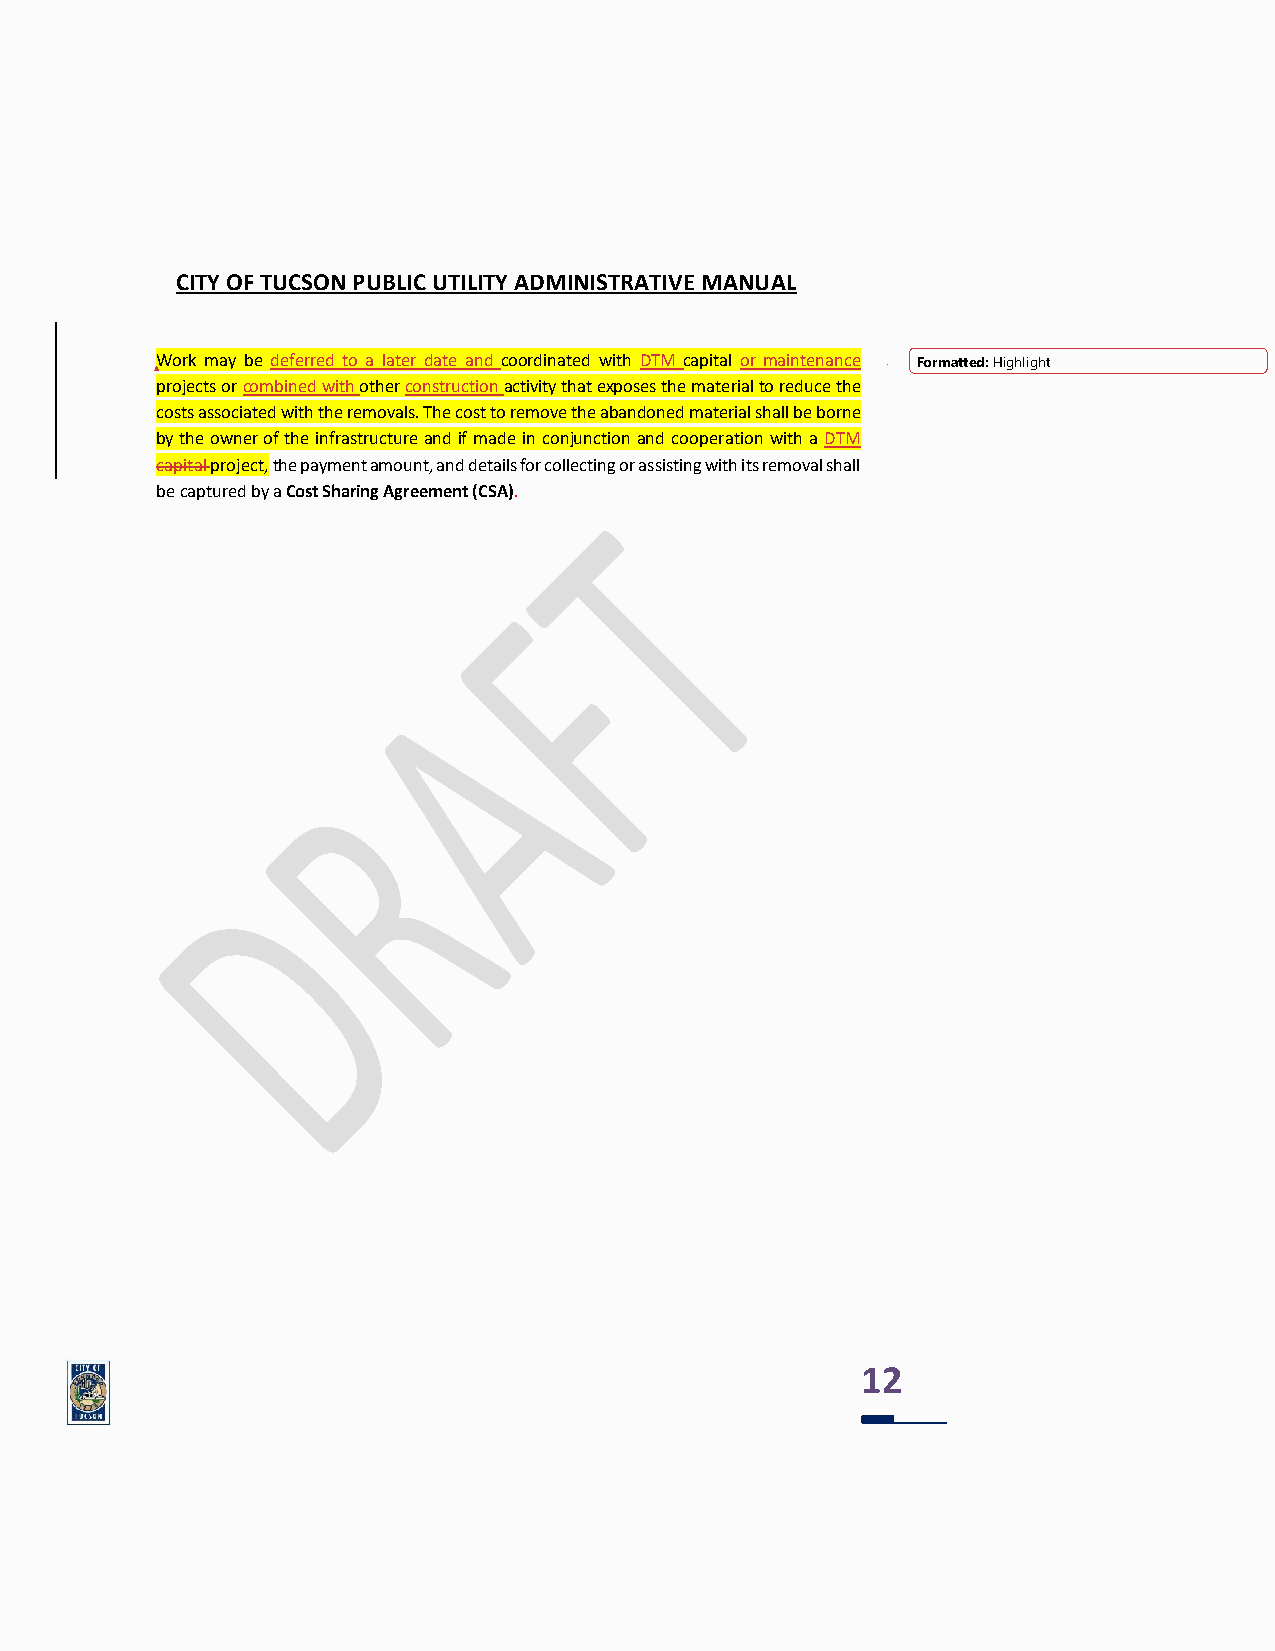
CITY OF TUCSON PUBLIC UTILITY ADMINISTRATIVE MANUAL
 Work may be deferred to a later date and coordinated with DTM capital or maintenance Formatted: Highlight
 projects or combined with other construction activity that exposes the material to reduce the
 costs associated with the removals. The cost to remove the abandoned material shall be borne
 by the owner of the infrastructure and if made in conjunction and cooperation with a DTM
 capital project, the payment amount, and details for collecting or assisting with its removal shall
 be captured by a Cost Sharing Agreement (CSA).
 12